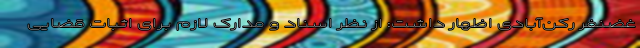
غضنفر رکن‌آبادی اظهار داشت: از نظر اسناد و مدارک لازم برای اثبات قضایی